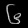
Digit: ၆